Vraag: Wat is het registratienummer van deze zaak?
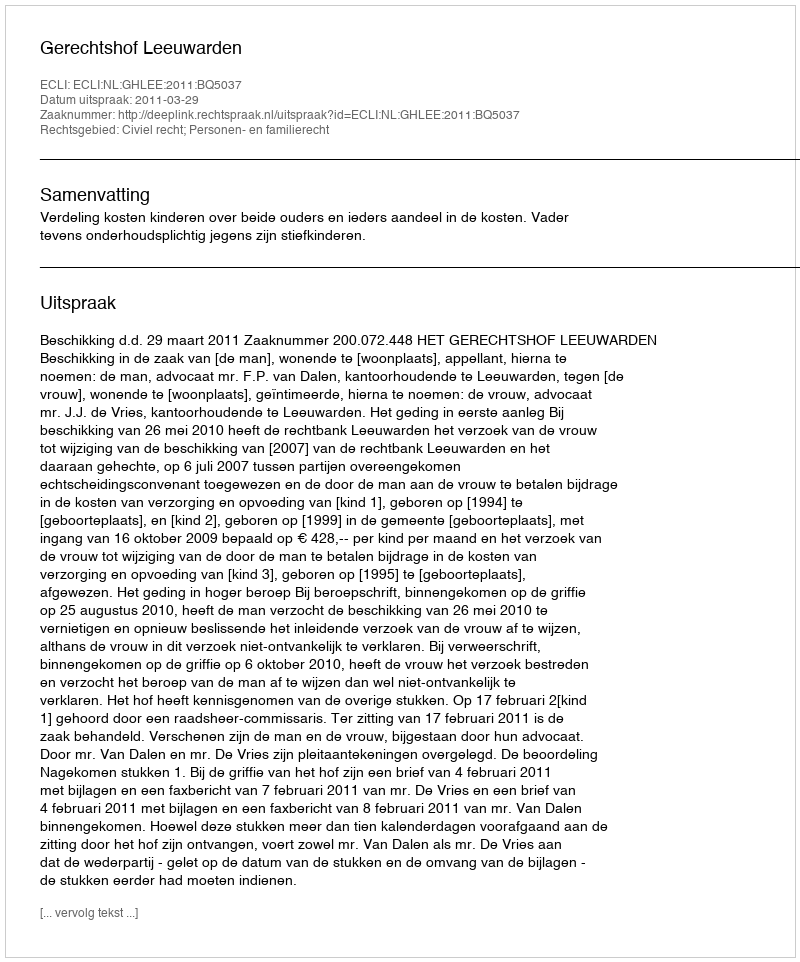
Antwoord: http://deeplink.rechtspraak.nl/uitspraak?id=ECLI:NL:GHLEE:2011:BQ5037